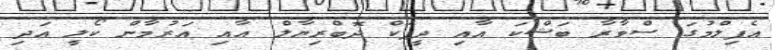
އެފިލްމުގަ ސްވާރާ ބަޝްކަ އާއި ދީޕަކް ދޮބްރިޔާލް އާއި އަރުމާން ކޯލީ އަދި